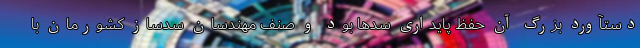
دستآورد بزرگ آن حفظ پایداری سدها بود و صنف مهندسان سدساز کشورمان با